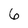
Character: 6